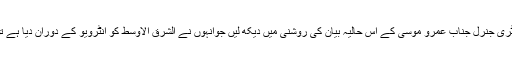
اسے اگر عرب لیگ کے سیکرٹری جنرل جناب عمرو موسی کے اس حالیہ بیان کی روشنی میں دیکھ لیں جوانہوں نے الشرق الاوسط کو انٹرویو کے دوران دیا ہے تو بات زیادہ واضح ہو جاتی ہے۔